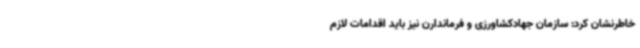
خاطرنشان کرد: سازمان جهادکشاورزی و فرماندارن نیز باید اقدامات لازم